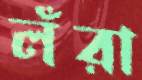
লঁরা